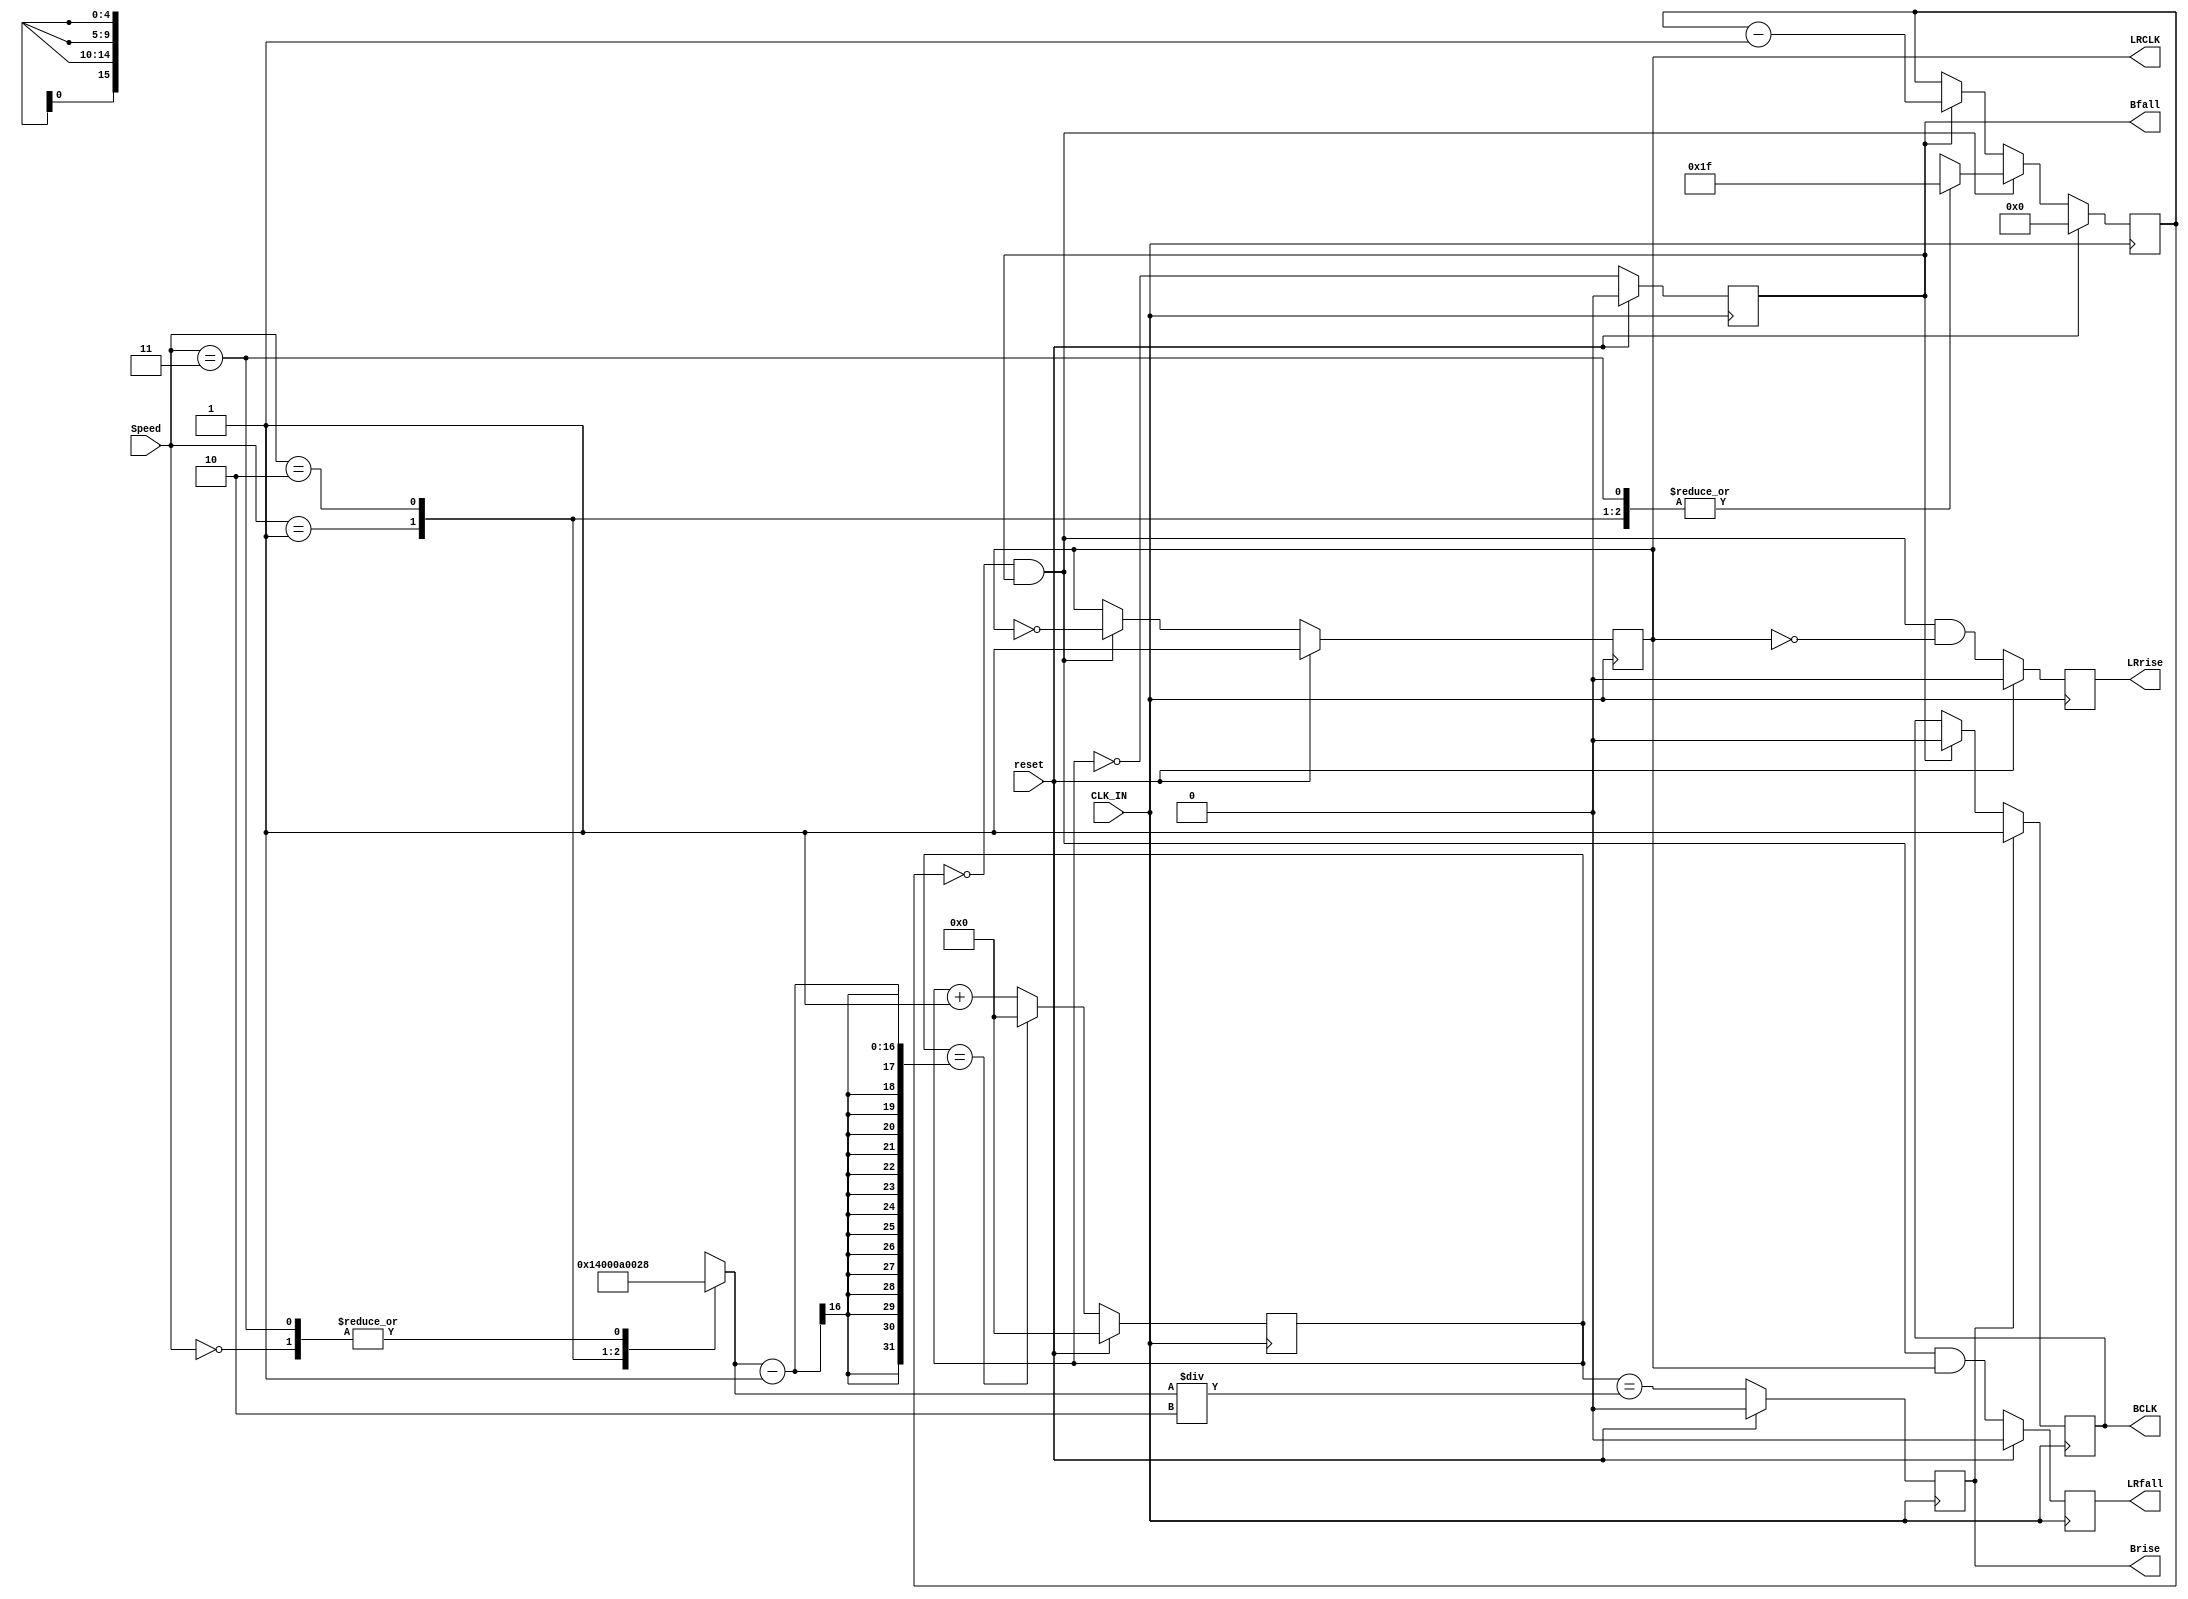
// Created by Kirk Weedman KD7IRS - Feb 15, 2009
//
// This is a parameterized module
//
// BCLK and LRCLK are all generated synchronously to CLK_IN.

`timescale 1 ns/100 ps

module clk_lrclk_gen (reset, CLK_IN, BCLK, Brise, Bfall, LRCLK, LRrise, LRfall, Speed);
parameter BCLK_00   = 32;          // desired number of BCLKs per half LRCLK cycle at Speed = 2'b00
parameter BCLK_01   = 32;          // desired number of BCLKs per half LRCLK cycle at Speed = 2'b01
parameter BCLK_10   = 32;          // desired number of BCLKs per half LRCLK cycle at Speed = 2'b10
parameter CLK_FREQ  = 122880000;   // frequency of incoming clock

input   wire          reset;       // reset
input   wire          CLK_IN;
output  reg           BCLK;
output  reg           Brise;
output  reg           Bfall;
output  reg           LRCLK;
output  reg           LRrise;
output  reg           LRfall;
input   wire    [1:0] Speed;       // 2'b00 = LRCLK_00, 2'b01 = LRCLK_01, 2'b10 = LRCLK_10

localparam LS = clogb2 (BCLK_00-1); // 0 to (BCLK_10-1)

// internal signals
//reg  [BS-1:0] BCLK_cnt;
reg    [15:0] BCLK_cnt;
reg    [15:0] BCLK_DIV;
reg  [LS-1:0] LRCLK_cnt;

localparam TPD = 1;

always @*
begin
  case (Speed)
  2'b00:  // 48kHz
    BCLK_DIV = (CLK_FREQ/48000/(BCLK_00*2));
  2'b01:  // 96kHz
    BCLK_DIV = (CLK_FREQ/96000/(BCLK_01*2));
  2'b10:  // 192kHz
    BCLK_DIV = (CLK_FREQ/192000/(BCLK_10*2));
  2'b11:  // oops
    BCLK_DIV = (CLK_FREQ/48000/(BCLK_00*2));
  endcase
end

// CLK_IN gets divided down to create BCLK
always @ (posedge CLK_IN)
begin
  if (reset)
    BCLK_cnt <= #TPD 0;
  else if (BCLK_cnt == (BCLK_DIV-1))
    BCLK_cnt <= #TPD 0;
  else
    BCLK_cnt <= #TPD BCLK_cnt + 1'b1; // 0, 1, ...(BCLK_DIV-1), 0, ...

  if (reset)
    Brise <= 1'b0;
  else
    Brise <= (BCLK_cnt == (BCLK_DIV/2));

  if (reset)
    Bfall <= 1'b0;
  else
    Bfall <= (BCLK_cnt == 1'b0); // may not be a 50/50 duty cycle

  if (Brise)
    BCLK  <= #TPD 1'b1;
  else if (Bfall)
    BCLK  <= #TPD 1'b0;

  if (reset)
    LRCLK_cnt <= #TPD 0;
  else 
  begin
    if ((LRCLK_cnt == 0) && Bfall)
    begin
      case (Speed)
      2'b00:  // 48kHz
        LRCLK_cnt <= #TPD BCLK_00-1;
      2'b01:  // 96kHz
        LRCLK_cnt <= #TPD BCLK_01-1;
      2'b10:  // 192kHz
        LRCLK_cnt <= #TPD BCLK_10-1;
      2'b11:  // oops
        LRCLK_cnt <= #TPD BCLK_00-1;
      endcase
    end
    else if (Bfall)
      LRCLK_cnt <= #TPD LRCLK_cnt - 1'b1;
  end

  if (reset)
    LRCLK  <= #TPD 1'b1;
  else if ((LRCLK_cnt == 0) && Bfall)
    LRCLK  <= #TPD ~LRCLK;  // toggles according to speed {DFS1, DFS0}

  if (reset)
    LRrise <= 1'b0;
  else
    LRrise <= (LRCLK_cnt == 0) && Bfall && !LRCLK;

  if (reset)
    LRfall <= 1'b0;
  else
    LRfall <= (LRCLK_cnt == 0) && Bfall && LRCLK; // may not be a 50/50 duty cycle
end

function integer clogb2;
input [31:0] depth;
begin
  for(clogb2=0; depth>0; clogb2=clogb2+1)
  depth = depth >> 1;
end
endfunction
endmodule